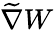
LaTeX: \widetilde{\nabla}W